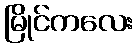
မြိုင်ကလေး